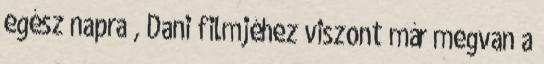
egész napra , Dani filmjéhez viszont már megvan a